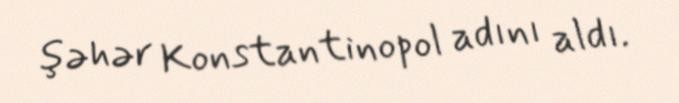
şəhər Konstantinopol adını aldı.